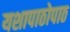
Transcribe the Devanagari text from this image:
यशापाठोपाठ